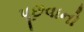
પૂછવાનો